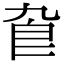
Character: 𠤙